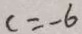
c = - 6